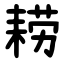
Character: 耢